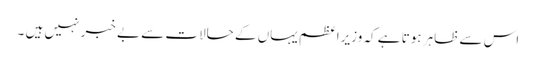
اس سے ظاہر ہوتا ہے کہ وزیراعظم یہاں کے حالات سے بے خبر نہیں ہیں ۔